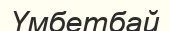
Үмбетбай